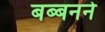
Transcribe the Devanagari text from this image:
बब्बनने